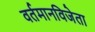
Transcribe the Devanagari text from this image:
वर्तमानविजेता